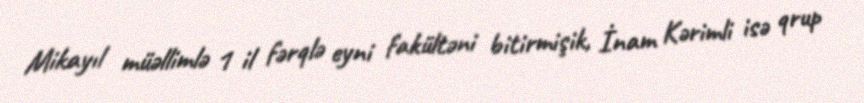
Mikayıl müəllimlə 1 il fərqlə eyni fakültəni bitirmişik, İnam Kərimli isə qrup